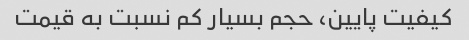
کیفیت پایین، حجم بسیار کم نسبت به قیمت